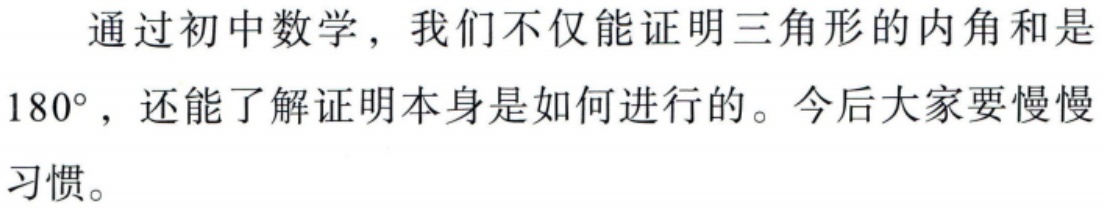
通过初中数学，我们不仅能证明三角形的内角和是
$180^{\circ}$，还能了解证明本身是如何进行的。今后大家要慢慢
习惯。